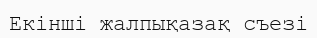
Екінші жалпықазақ съезі